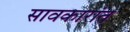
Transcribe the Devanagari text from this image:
सावकारांत